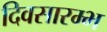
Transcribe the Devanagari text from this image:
दिवसारम्भ